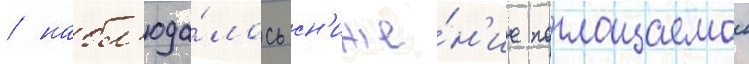
/ набл'юда́лось сн'иже́н'ие поглощаемои